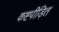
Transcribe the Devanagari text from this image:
कष्टपीड़ित